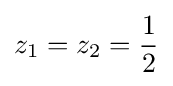
z_{1}=z_{2}={\frac {1}{2}}